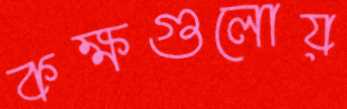
কক্ষগুলোয়